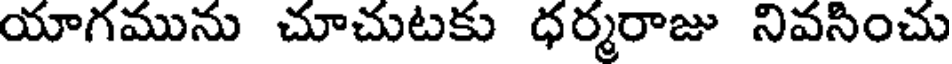
యాగమును చూచుటకు ధర్మరాజు నివసించు